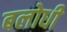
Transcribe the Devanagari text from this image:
बलोधी